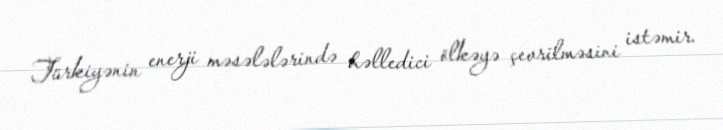
Türkiyənin enerji məsələlərində həlledici ölkəyə çevrilməsini istəmir.